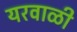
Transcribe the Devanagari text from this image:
यरवाळी